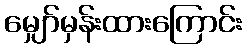
မျှော်မှန်းထားကြောင်း